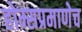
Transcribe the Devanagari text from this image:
होम्सप्रमाणेच